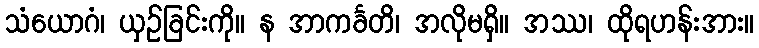
သံယောဂံ၊ ယှဉ်ခြင်းကို။ န အာကင်္ခတိ၊ အလိုမရှိ။ အဿ၊ ထိုရဟန်းအား။